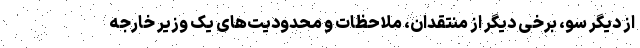
از دیگر سو، برخی دیگر از منتقدان، ملاحظات و محدودیت‌های یک وزیر خارجه